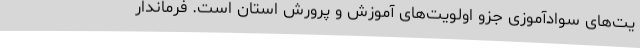
یت‌های سوادآموزی جزو اولویت‌های آموزش و پرورش استان است. فرماندار